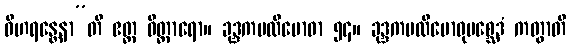
ဝိဟရန္တေနာ”တိ ဧတ္ထ ဝိတ္ထာရော။ ခုဒ္ဒကပလိဗောဓာ ၅၄။ ခုဒ္ဒကပလိဗောဓုပစ္ဆေဒံ ကတွာတိ